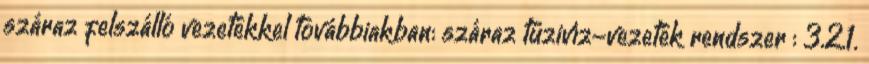
száraz felszálló vezetékkel továbbiakban: száraz tüzivíz-vezeték rendszer : 3.2.1.